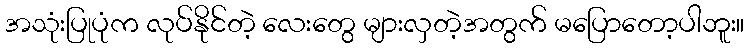
အသုံးပြုပုံက လုပ်နိုင်တဲ့ လေးတွေ များလှတဲ့အတွက် မပြောတော့ပါဘူး။